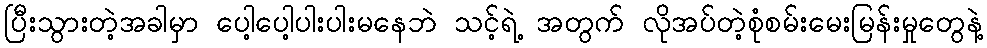
ပြီးသွားတဲ့အခါမှာ ပေါ့ပေါ့ပါးပါးမနေဘဲ သင့်ရဲ့ အတွက် လိုအပ်တဲ့စုံစမ်းမေးမြန်းမှုတွေနဲ့